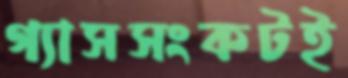
গ্যাসসংকটই